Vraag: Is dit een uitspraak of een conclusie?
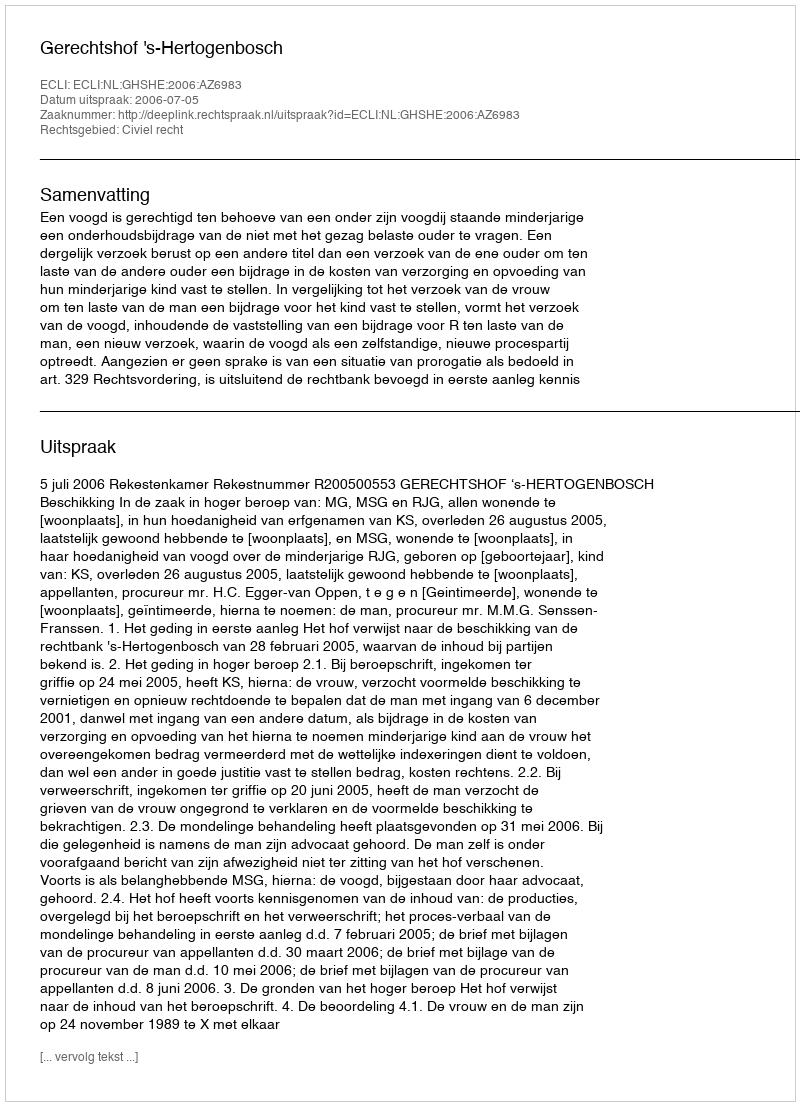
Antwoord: Uitspraak